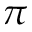
\pi